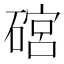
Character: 䃔